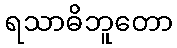
ရသာဓိဘူတော